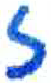
אות: ז